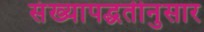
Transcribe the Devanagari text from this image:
संख्यापद्धतीनुसार